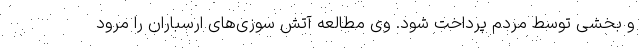
و بخشی توسط مردم پرداخت شود. وی مطالعه آتش سوزی‌های ارسباران را مرود